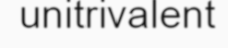
unitrivalent